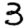
Digit: 3